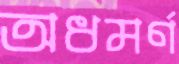
অধমর্ণ